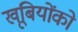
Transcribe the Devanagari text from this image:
खूबियोंको